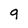
Character: q